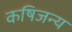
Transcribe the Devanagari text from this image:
कषिजन्य